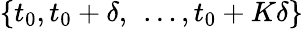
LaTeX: \{ t_{0},t_{0}+\delta,\ \dots,t_{0}+K\delta\}